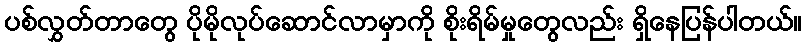
ပစ်လွှတ်တာတွေ ပိုမိုလုပ်ဆောင်လာမှာကို စိုးရိမ်မှုတွေလည်း ရှိနေပြန်ပါတယ်။